Scientific memoirs by medical officers of the Army of India - Part I,
Year: 1884
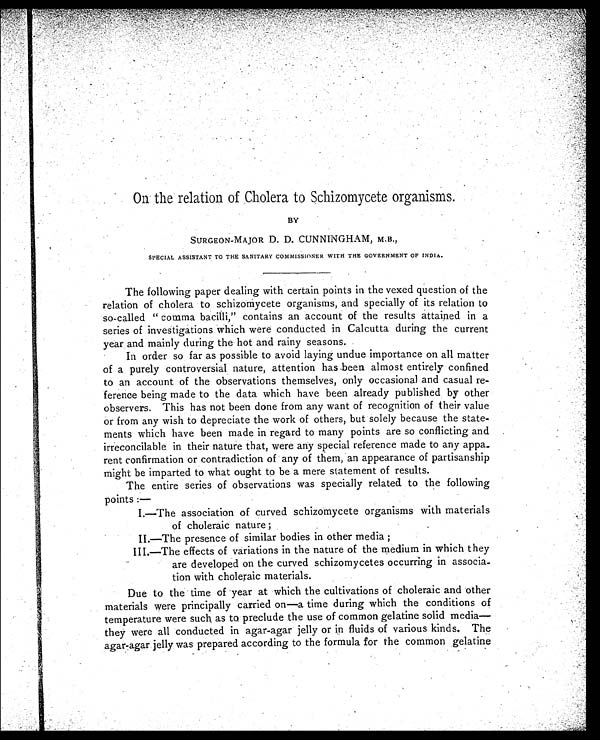
On the relation of Cholera to Schizomycete organisms.
BY
SURGEON-MAJOR D. D. CUNNINGHAM, M.B.,
SPECIAL ASSISTANT TO THE SANITARY COMMISSIONER WITH THE GOVERNMENT OF INDIA.
The following paper dealing with certain points in the vexed question of the
relation of cholera to schizomycete organisms, and specially of its relation to
so-called "comma bacilli," contains an account of the results attained in a
series of investigations which were conducted in Calcutta during the current
year, and mainly during the hot and rainy seasons.
In order so far as possible to avoid laying undue importance on all matter
of a purely controversial nature, attention has been almost entirely confined
to an account of the observations themselves, only occasional and casual re-
-ference being made to the data which have been already published by other
observers. This has not been done from any want of recognition of their value
or from any wish to depreciate the work of others, but solely because the state
-
ments which have been made in regard to many points are so conflicting and
irreconcilable in their nature that, were any special reference made to any appa-
rent confirmation or contradiction of any of them, an appearance of partisanship
might be imparted to what ought to be a mere statement of results.
The entire series of observations was specially related to the following
points :-
I.—The association of curved schizomycete organisms with materials
of choleraic nature ;
II.—The presence of similar bodies in other media ;
I I I . — T h e e f f e c t s o f v a r i a t i o n s i n t h e n a t u r e o f t h e m e d i u m i n w h i c h t h e y
are developed on the curved schizomycetes occurring in associa
-
tion with choleraic materials.
Due to the time of year at which the cultivations of choleraic and 'other
materials were principally carried on—a time during which the conditions of
temperature were such as to preclude the use of common gelatine solid media—
they were all conducted in agar-agar jelly or in fluids of various kinds. The
agar-agar jelly was prepared according to the formula for the common gelatine